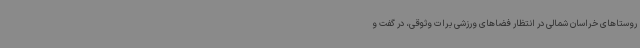
روستاهای خراسان شمالی در انتظار فضاهای ورزشی برات وثوقی، در گفت و